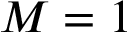
M = 1